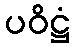
ပဝိဋ္ဌံ